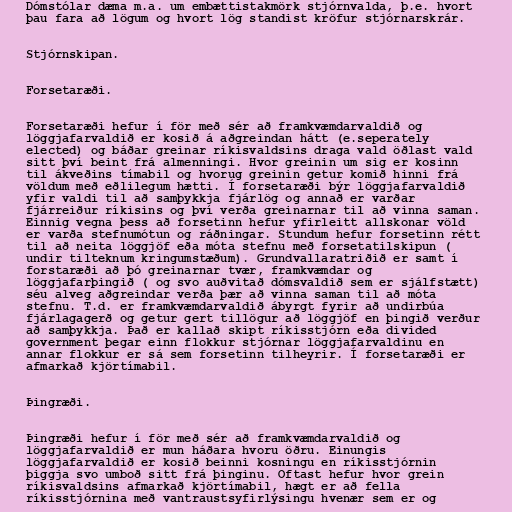
Dómstólar dæma m.a. um embættistakmörk stjórnvalda, þ.e. hvort
þau fara að lögum og hvort lög standist kröfur stjórnarskrár.

Stjórnskipan.

Forsetaræði.

Forsetaræði hefur í för með sér að framkvæmdarvaldið og
löggjafarvaldið er kosið á aðgreindan hátt (e.seperately
elected) og báðar greinar ríkisvaldsins draga vald öðlast vald
sitt því beint frá almenningi. Hvor greinin um sig er kosinn
til ákveðins tímabil og hvorug greinin getur komið hinni frá
völdum með eðlilegum hætti. Í forsetaræði býr löggjafarvaldið
yfir valdi til að samþykkja fjárlög og annað er varðar
fjárreiður ríkisins og því verða greinarnar til að vinna saman.
Einnig vegna þess að forsetinn hefur yfirleitt allskonar völd
er varða stefnumótun og ráðningar. Stundum hefur forsetinn rétt
til að neita löggjöf eða móta stefnu með forsetatilskipun (
undir tilteknum kringumstæðum). Grundvallaratriðið er samt í
forstaræði að þó greinarnar tvær, framkvæmdar og
löggjafarþingið ( og svo auðvitað dómsvaldið sem er sjálfstætt)
séu alveg aðgreindar verða þær að vinna saman til að móta
stefnu. T.d. er framkvæmdarvaldið ábyrgt fyrir að undirbúa
fjárlagagerð og getur gert tillögur að löggjöf en þingið verður
að samþykkja. Það er kallað skipt ríkisstjórn eða divided
government þegar einn flokkur stjórnar löggjafarvaldinu en
annar flokkur er sá sem forsetinn tilheyrir. Í forsetaræði er
afmarkað kjörtímabil.

Þingræði.

Þingræði hefur í för með sér að framkvæmdarvaldið og
löggjafarvaldið er mun háðara hvoru öðru. Einungis
löggjafarvaldið er kosið beinni kosningu en ríkisstjórnin
þiggja svo umboð sitt frá þinginu. Oftast hefur hvor grein
ríkisvaldsins afmarkað kjörtímabil, hægt er að fella
ríkisstjórnina með vantraustsyfirlýsingu hvenær sem er og